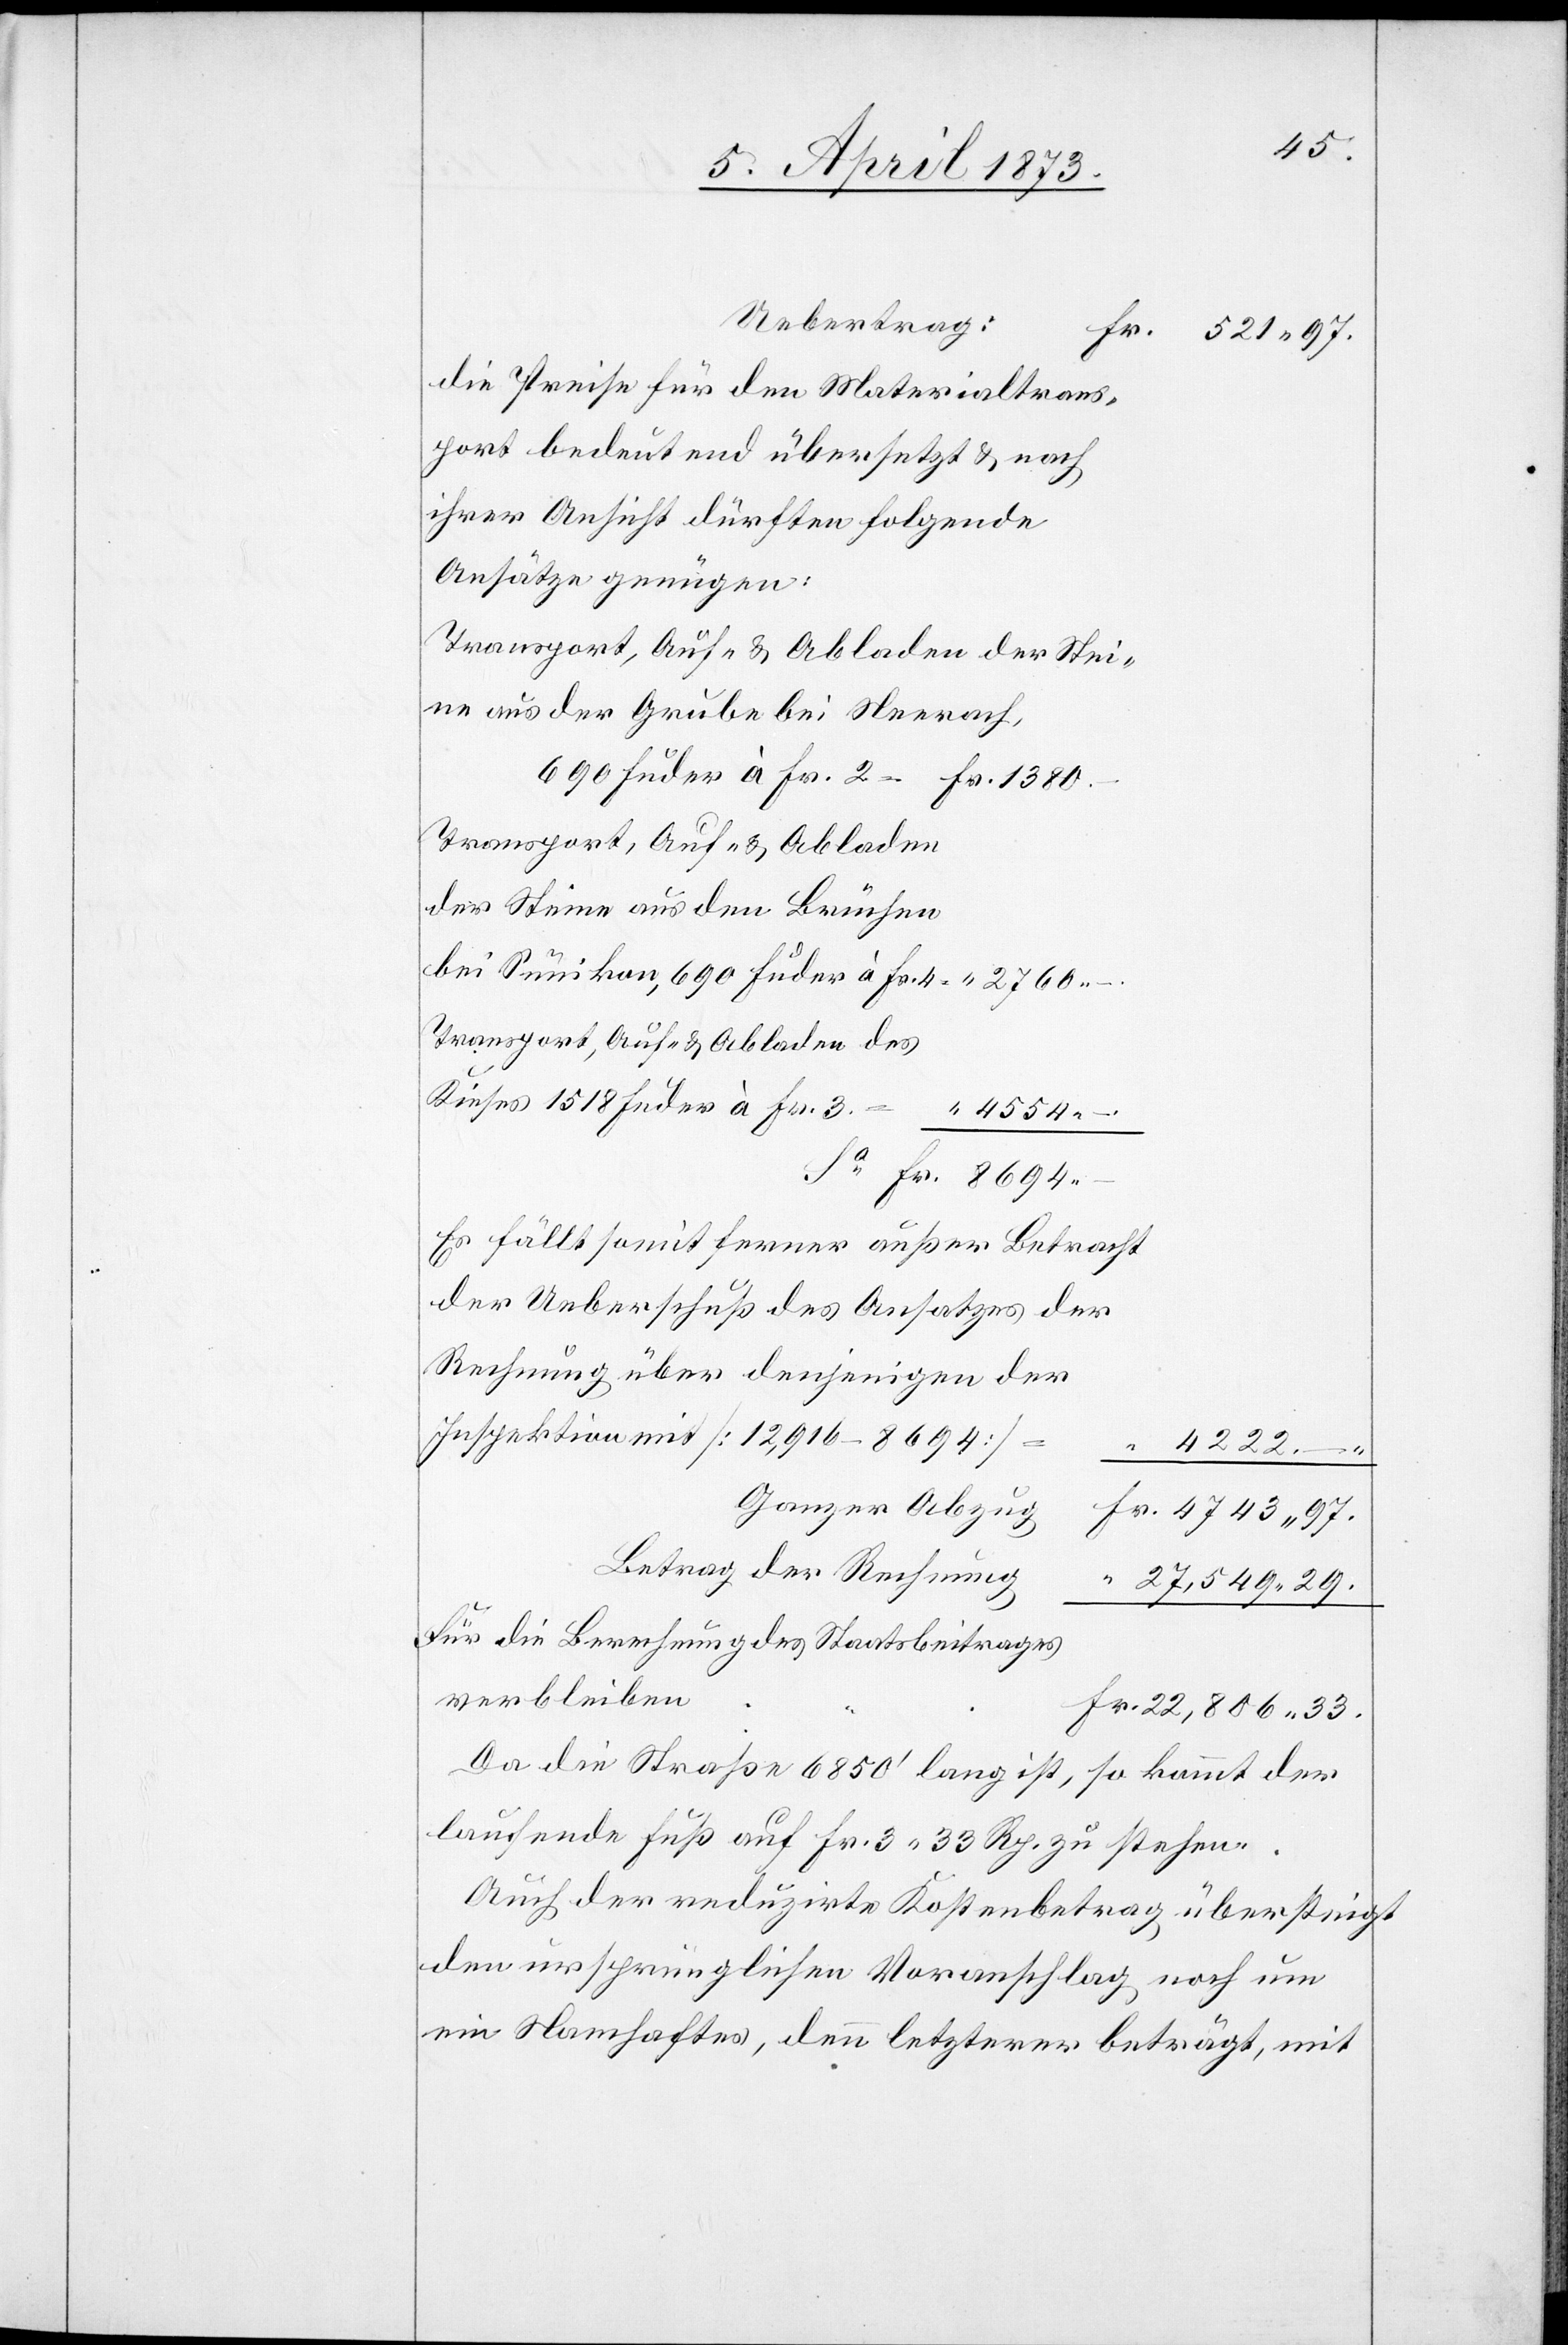
Uebertrag:
Fr. 521. 97.
die Preise für den Materialtrans¬
port bedeutend übersetzt u. nach
Ansätze genügen:
Transport, Auf- u. Abladen der Stei¬
ne aus der Grube bei Neerach,
690 		Fuder à Fr. 2 = Fr. 1380.
Transport, Auf- u. Abladen
“ 4554.
Sa Fr. 8694.
Es fällt somit ferner außer Betracht
der Ueberschuß des Ansatzes
Rechnung über denjenigen der
Inspektion mit [12,916–8694]
4222. –.
“ 27,549. 29.
für die Berechnung des Staatsbeitrages
verbleiben
Fr. 22,806. 33.
Da die Straße 6850’ lang ist, so kommt der
laufende Fuß auf Fr. 3. 33 Rp. zu stehen.
Auch der reduzirte Kostenbetrag übersteigt
den ursprünglichen Voranschlag noch um
ein Namhaftes, denn letzterer beträgt, mit